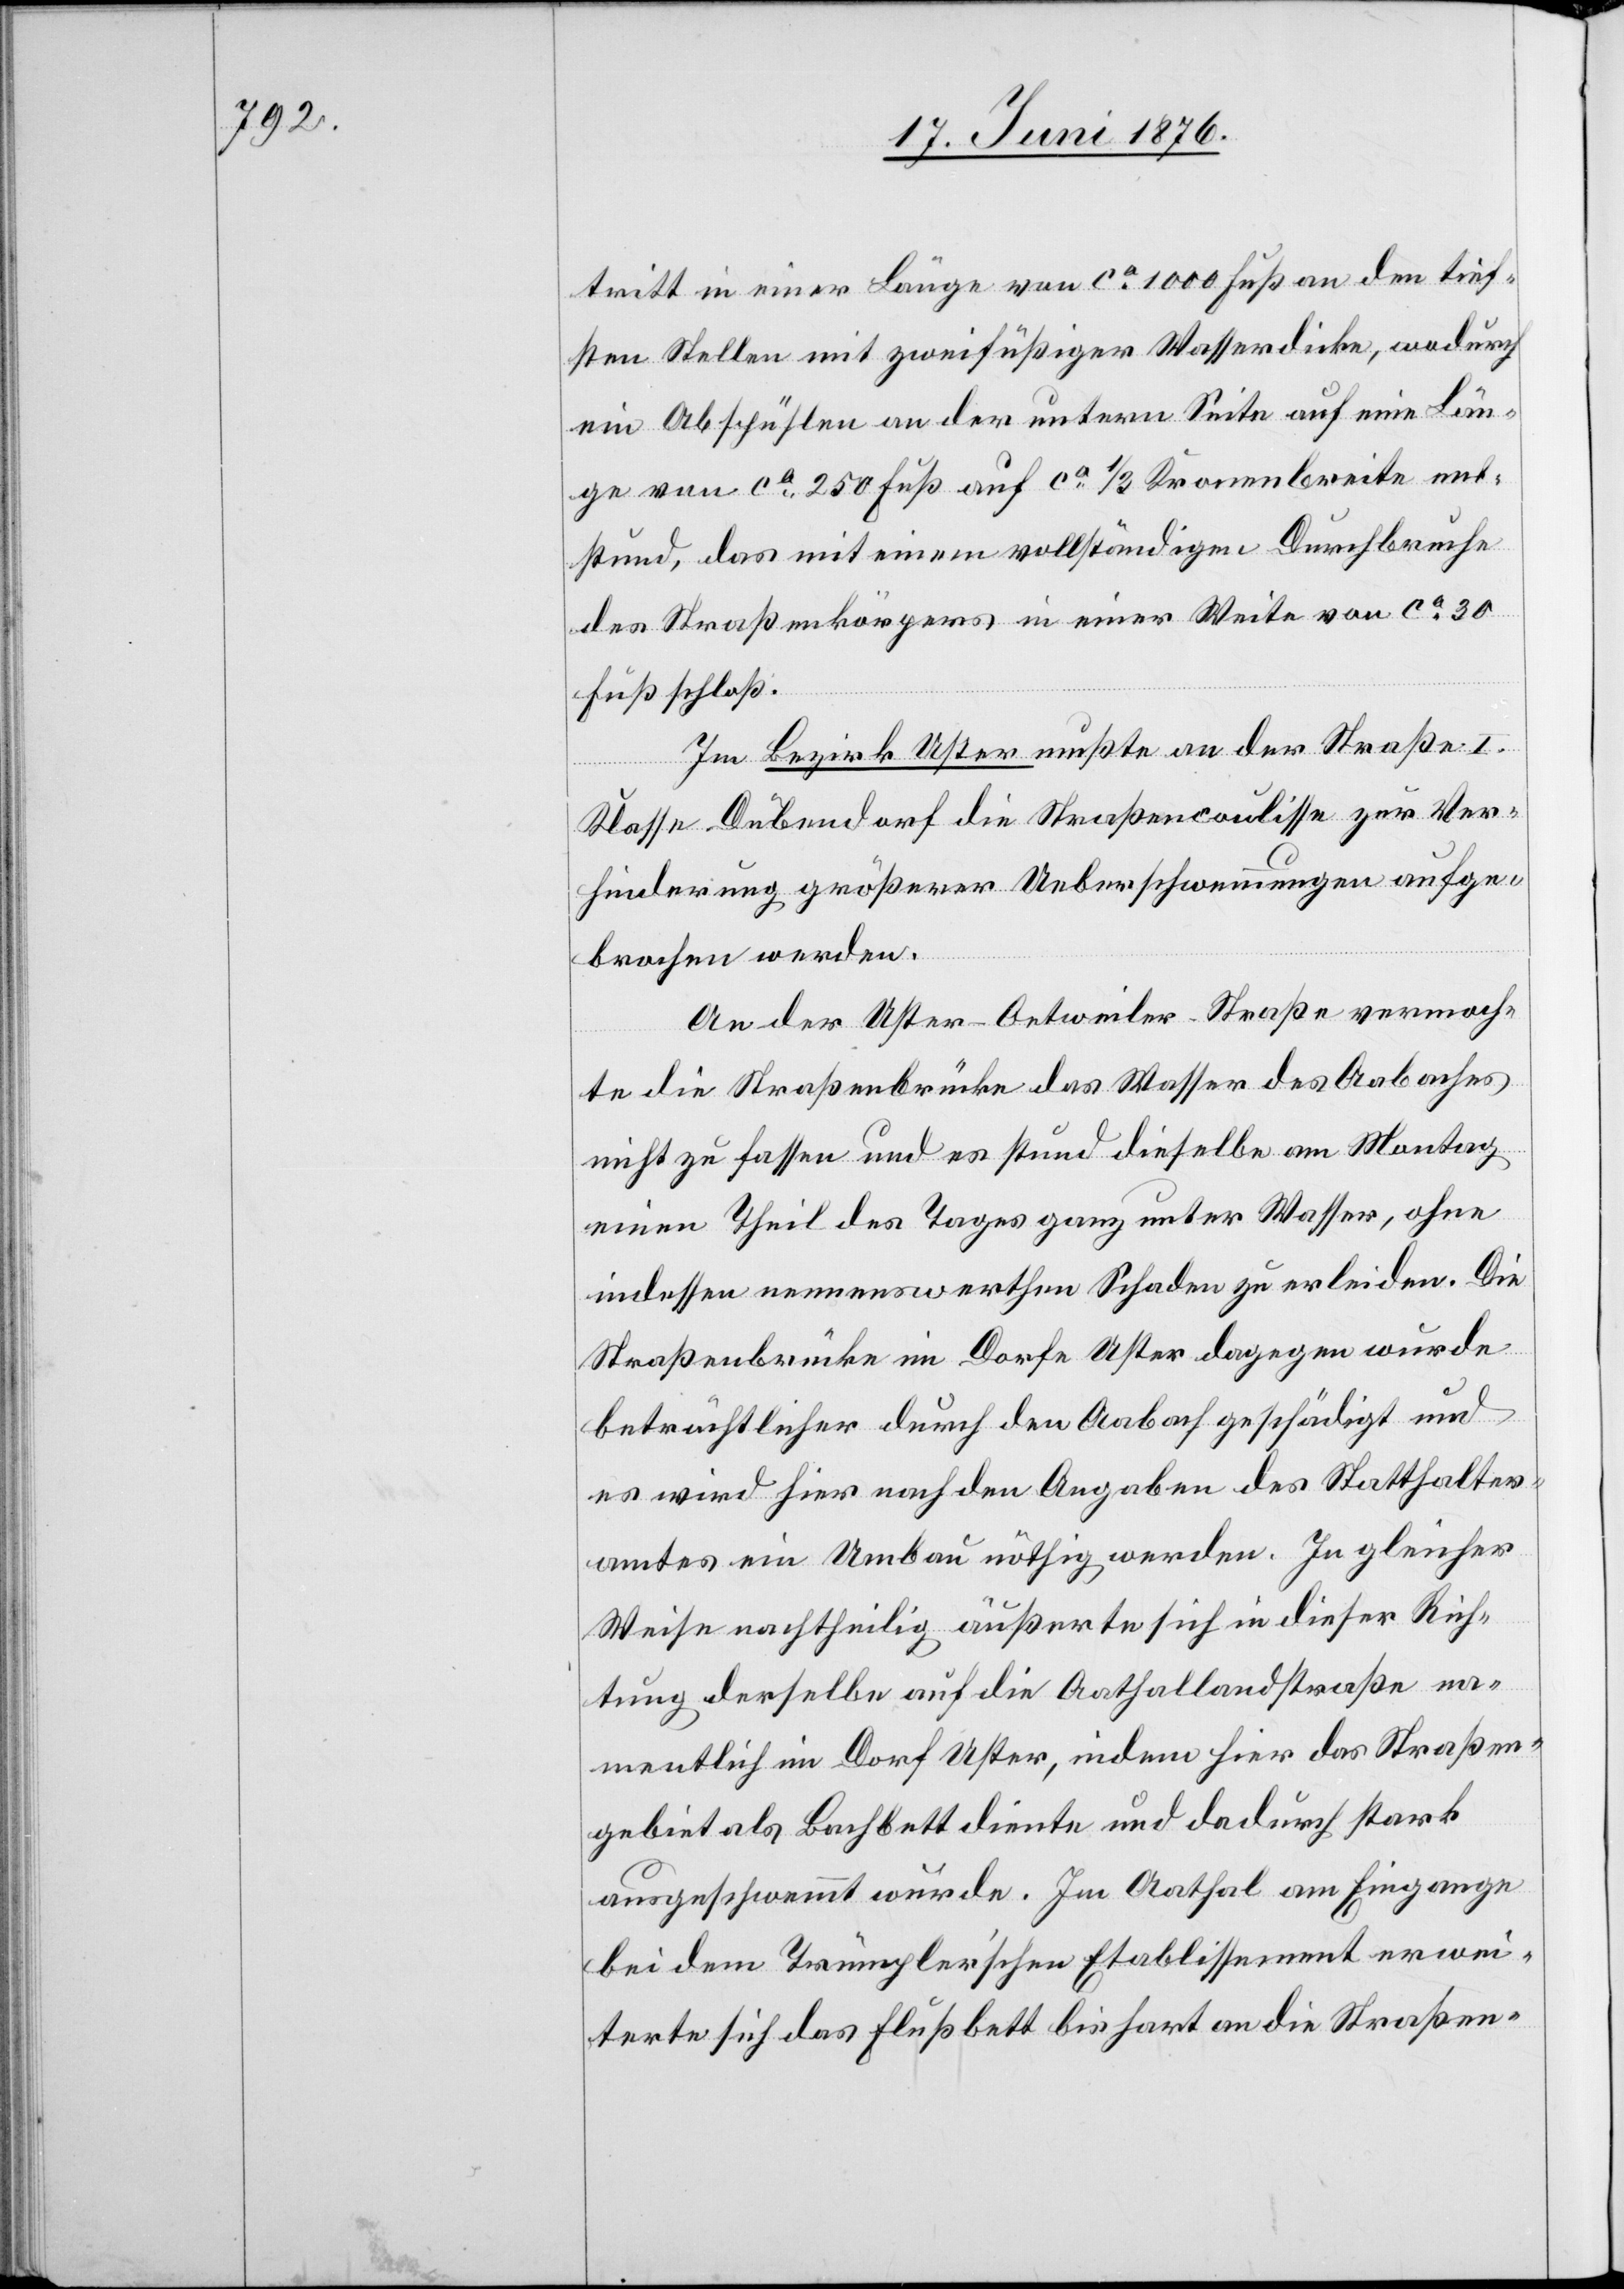
tritt in einer Länge von ca 1000 Fuß an den tief¬
sten Stellen mit zweifüßiger Wasserdicke, wodurch
ein Abspühlen an der untern Seite auf eine Län¬
ge von ca 250 Fuß auf ca 1/3 Kronenbreite ent¬
stand, das mit einem vollständigen Durchbruche
des Straßenkörpers in einer Weite von ca 30
Fuß schloß.
Im Bezirk Uster mußte an der Straße I.
Klasse Dübendorf die Straßencoulisse zur Ver¬
hinderung größerer Ueberschwemmungen aufge¬
brochen werden.
An der Uster–Oetweiler-Straße vermoch¬
te die Straßenbrücke das Wasser des Aabaches
nicht zu fassen und es stund dieselbe am Montag
einen Theil des Tages ganz unter Wasser, ohne
indessen nennenswerthen Schaden zu erleiden. Die
Straßenbrücke im Dorfe Uster dagegen wurde
beträchtlicher durch den Aabach geschädigt und
es wird hier nach den Angaben des Statthalter¬
amtes ein Umbau nöthig werden. In gleicher
Weise nachtheilig äußerte sich in dieser Rich¬
tung derselbe auf die Aathallandstraße na¬
mentlich im Dorf Uster, indem hier das Straßen¬
gebiet als Bachbett diente und dadurch stark
ausgeschwemmt wurde. Im Aathal am Eingange
bei dem Trümpler’schen Etablissement erwei¬
terte sich das Flußbett bis hart an die Straßen-